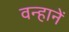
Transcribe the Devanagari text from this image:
वन्हानें